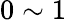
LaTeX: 0\sim 1